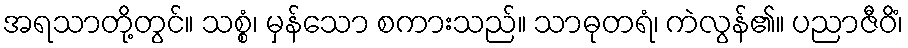
အရသာတို့တွင်။ သစ္စံ၊ မှန်သော စကားသည်။ သာဓုတရံ၊ ကဲလွန်၏။ ပညာဇီဝိံ၊